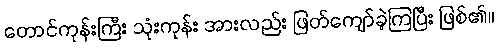
တောင်ကုန်းကြီး သုံးကုန်း အားလည်း ဖြတ်ကျော်ခဲ့ကြပြီး ဖြစ်၏။